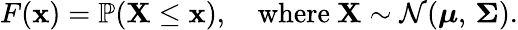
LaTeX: F(\mathbf{x})=\mathbb{P}(\mathbf{X}\leq\mathbf{x}),\quad{\mathrm{where~}}\mathbf{X}\sim{\mathcal{N}}({\boldsymbol{\mu}},\, {\boldsymbol{\Sigma}}).